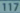
17